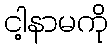
ငါ့နာမကို